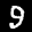
Label: 9